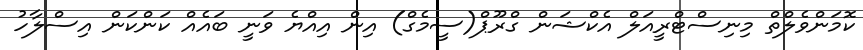
ކޮމަންވެލްތް މިނިސްޓްރީއަލް އެކްޝަން ގްރޫޕް(ސީމެގް) އިން އިއްޔެ ވަނީ ބައެއް ކަންކަން އިސްލާހު